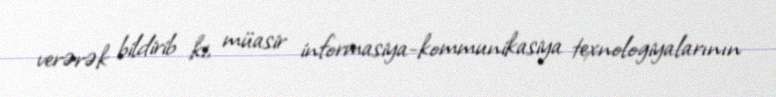
verərək bildirib ki, müasir informasiya-kommunikasiya texnologiyalarının